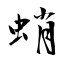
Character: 蛸